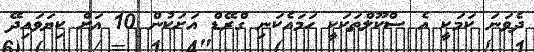
ދެވަނަ ކަމަކީ އެ ސްކޫލްތަކަކީ ހަމައެކަނި ގްރޭޑް އަށަކުން 10 އަށް ކިޔަވައިދޭ